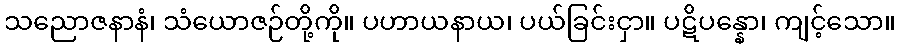
သညောဇနာနံ၊ သံယောဇဉ်တို့ကို။ ပဟာယနာယ၊ ပယ်ခြင်းငှာ။ ပဋိပန္နော၊ ကျင့်သော။